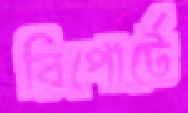
রিপোর্টে